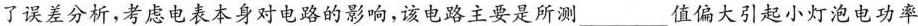
了误差分析，考虑电表本身对电路的影响，该电路主要是所测___值偏大引起小灯泡电功率